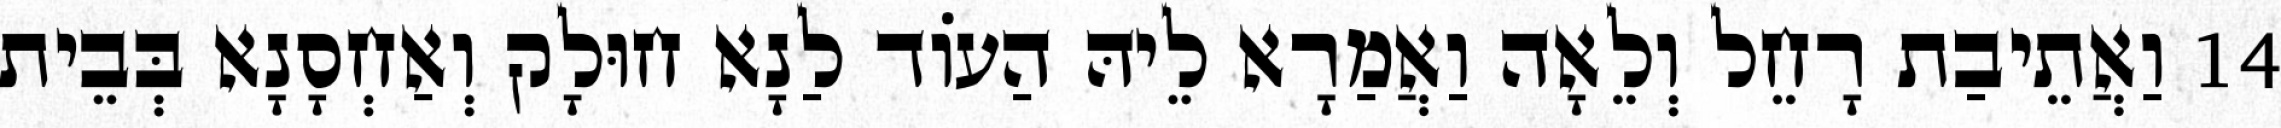
14 וַאֲתֵיבַת רָחֵל וְלֵאָה וַאֲמַרָא לֵיהּ הַעוֹד לַנָא חוּלָק וְאַחְסָנָא בְּבֵית